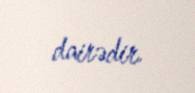
dairədir.